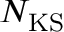
N _ { \mathrm { { K S } } }